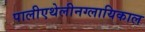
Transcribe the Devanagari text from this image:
पालीएथेलीनग्लायिकाल